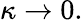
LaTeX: \kappa\to 0.